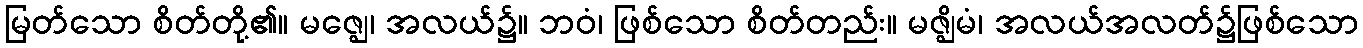
မြတ်သော စိတ်တို့၏။ မဇ္ဈေ၊ အလယ်၌။ ဘဝံ၊ ဖြစ်သော စိတ်တည်း။ မဇ္ဈိမံ၊ အလယ်အလတ်၌ဖြစ်သော